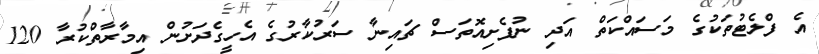
އެ ފްލެޓުތަކުގެ މަސައްކަތް އަދި ނުފެށިއޮތަސް ޗައިނާ ސަރުކާރުގެ އެހީގެދަށުން އިމާރާތްކުރާ 120